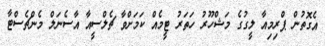
އެގޮތުން ޕްރިމިއާ ލީގުގެ މަޝްހޫރު ހަތަރު ޓީމެއް ކަމަށްވާ ޗެލްސީއާ އާސެނަލް މެންޗެސްޓާ